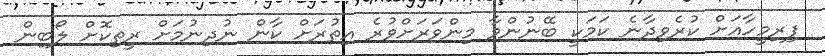
ފިރިމީހާއަށް ކުރެވިދާނެ ކަމަކީ ބޭނުންވާ މިންވަރަށްވުރެ އިތުރަށް ކާން ނުދިނުމަށް ރީތިކޮށް ލޯބިން